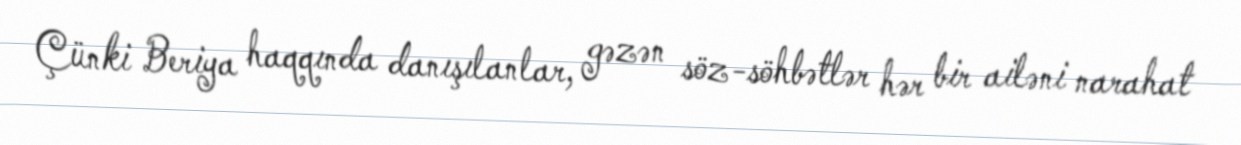
Çünki Beriya haqqında danışılanlar, gəzən söz-söhbətlər hər bir ailəni narahat